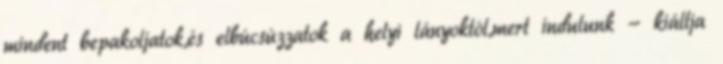
mindent bepakoljatok,és elbúcsúzzatok a helyi lányoktól,mert indulunk - kiáltja